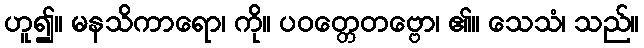
ဟူ၍။ မနသိကာရော၊ ကို။ ပဝတ္တေတဗ္ဗော၊ ၏။ သေသံ၊ သည်။